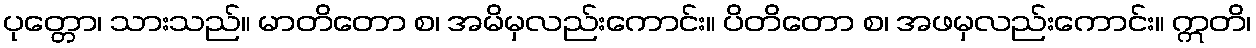
ပုတ္တော၊ သားသည်။ မာတိတော စ၊ အမိမှလည်းကောင်း။ ပိတိတော စ၊ အဖမှလည်းကောင်း။ ဣတိ၊